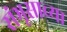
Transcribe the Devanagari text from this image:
संभूसाच्या